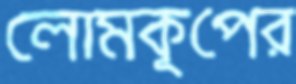
লোমকূপের